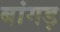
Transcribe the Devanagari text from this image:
बांगड़